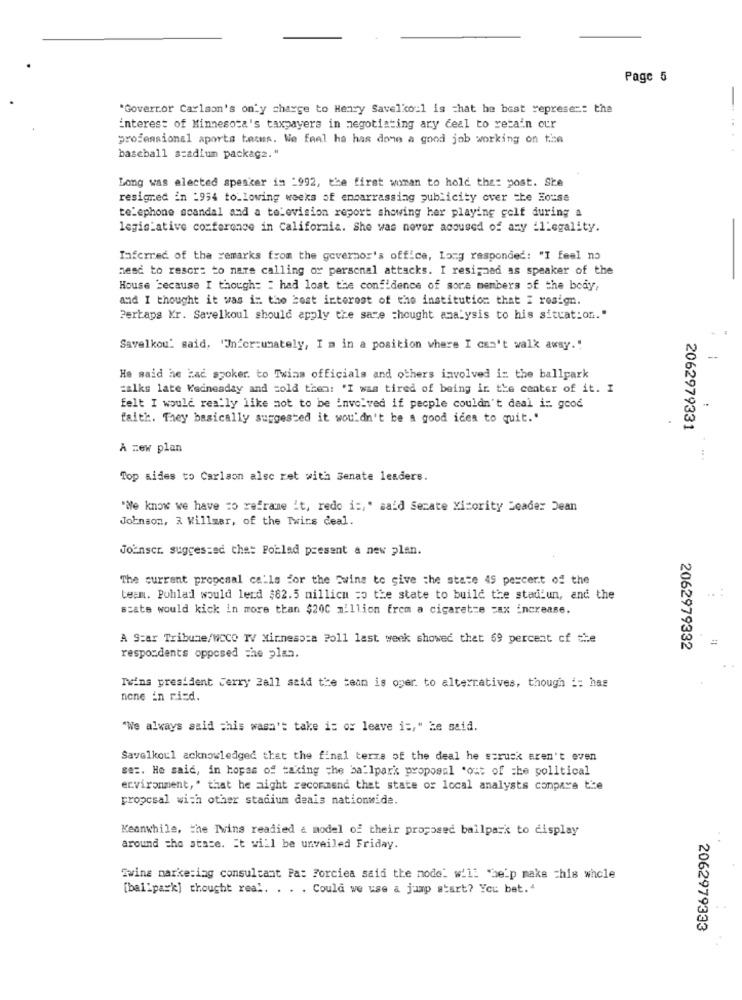
Page 5
"Goverror Carlson's only charge to Henry Savelkou1 is that he best represer: the
interest of Minnesota's taxpayers in negotiating ary ceal to retain cur
professional aporta terms. We feel ha has done a good job working on the
baseball stadium package."
Long was elected speaker in _992, the first woman to hold the: post. She
resigned in :954 to_lowing weeks of embarrassing publicity over the House
telephone scandal and a television report showing her playing golf during a
legislative conference in California. She was never accused of any illegality.
Inferred of tha remarks from the governor's office, Long responded: "I feel no
nesć to resor: to nare calling or personal attacks. I resigned as speaker of the
House because I though: : had lost the confidence of sore members of the body,
and I thought it was in the best interest of the institution that I rosign.
Pertaps Kr. Savelkoul should apply the same thought analysis to his situation."
Savelkou' said, "Jnfcr:unately, I'm in a position where I can't walk away."
--
He said he had spoker. to Twins officials and others involved i: the ballpark
zalks late Wednesday and sold then: 'I was tired of being in the center of it. I
felt I would really like mot to be involved if people couldn't deal i :. good
faith. They basically suggested it wouldn't be a good idea to quit."
2062979331
A zew plan
Top aides to Carlson alsc ret with Senate leaders.
"We know we have =o reframe it, redo i :, " said Serate Xicority Loader Dean
Johnson, 3 Willmar, of the Twins deal.
Joinscr. suggested che: Poblad present a new plan.
The current proposal calls for the Twins to give the state 49 percent of the
team. Pohlad would lend $82.5 millicn = the state to build the stadium, and the
stats would kick in more than $200 million frem a cigarette =ax increase.
A Star Tribune/WCCO TV Minnesota ?o11 last week showed that 69 percent of the
2062979332
respondents opposed The plan.
Twins president Terry 2all said the team is oper. to alternatives, though i: has
none in risd.
"We always said this wasn't take it or leave is," he said.
Savelkou1 acknowledged that the final terza of the deal he struck aren't even
se :. He said, in hopas of taking the ballpark proposal "ost of =ke political
environment," that he aight recommend that state or local analysts conpave the
proposal with other stadium deals nationwide.
Keanwhile, the Twins readied & model of their proposed ballpark to display
around the state. It will be unveiled Friday.
Zwine marketing consultant Pa: Forciea said the node_ will "help make this whole
[ballpark] thought real. . . . Could we use a jump start? You bet."
2062979333